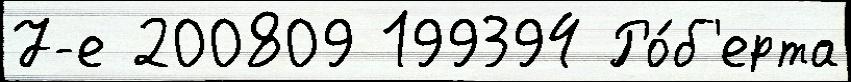
7-е 200809 199394 Ро́б'ерта